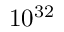
1 0 ^ { 3 2 }